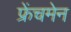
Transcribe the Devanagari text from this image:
फ्रेंचमेन